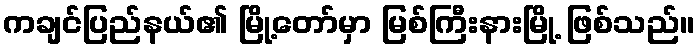
ကချင်ပြည်နယ်၏ မြို့တော်မှာ မြစ်ကြီးနားမြို့ ဖြစ်သည်။